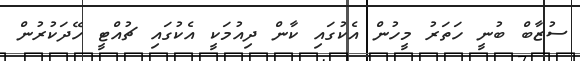
ސުޒާބް ބުނީ ހަތަރު މީހުން އެކުގައި ކާން ދިއުމަކީ އެކުގައި ޗުއްޓީ ހޭދަކުރުން